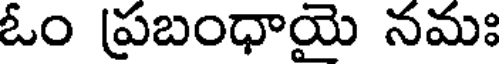
ఓం ప్రబంధాయై నమః